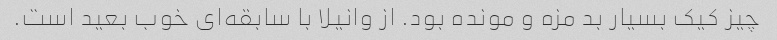
چیز کیک بسیار بد مزه و مونده بود. از وانیلا با سابقه‌ای خوب بعید است.